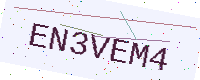
Text: EN3VEM4